Scientific memoirs by medical officers of the Army of India - Part VI,
Year: 1891
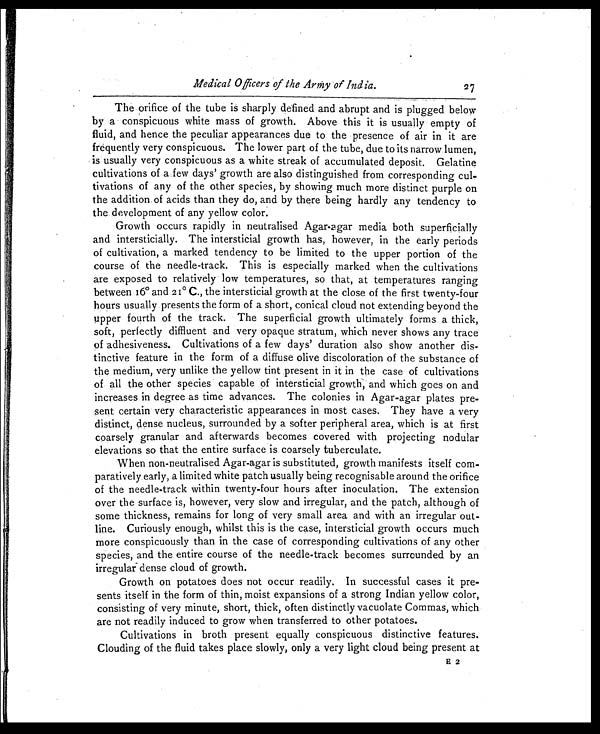
Medical Officers of the Army of India.
The orifice of the tube is sharply defined and abrupt and is plugged below
by a conspicuous white mass of growth. Above this it is usually empty of
fluid, and hence the peculiar appearances due to the presence of air in it are
frequently very conspicuous. The lower part of the tube, due to its narrow lumen,
is usually very conspicuous as a white streak of accumulated deposit. Gelatine
cultivations of a few days' growth are also distinguished from corresponding cul
- t i v a t i o n s o f a n y o f t h e o t h e r s p e c i e s , b y s h o w i n g m u c h m o r e d i s t i n c t p u r p l e o n
the addition of acids than they do, and by there being hardly any tendency to
the development of any yellow color.
Growth occurs rapidly in neutralised Agar-agar media both superficially
and intersticially. The intersticial growth has, however, in the early periods
of cultivation, a marked tendency to be limited to the upper portion of the
course of the needle-track. This is especially marked when the cultivations
are exposed to relatively low temperatures, so that, at temperatures ranging
between 16° and 21º C., the intersticial growth at the close of the first twenty-four
hours usually presents the form of a short, conical cloud not extending beyond the
upper fourth of the track. The superficial growth ultimately forms a thick,
soft, perfectly diffluent and very opaque stratum, which never shows any trace
of adhesiveness. Cultivations of a few days' duration also show another dis
- t i n c t i v e f e a t u r e i n t h e f o r m o f a d i f f u s e o l i v e d i s c o l o r a t i o n o f t h e s u b s t a n c e o f
the medium, very unlike the yellow tint present in it in the case of cultivations
of all the other species capable of intersticial growth, and which goes on and
increases in degree as time advances. The colonies in Agar-agar plates pre
- s e n t c e r t a i n v e r y c h a r a c t e r i s t i c a p p e a r a n c e s i n m o s t c a s e s . T h e y h a v e a v e r y
distinct, dense nucleus, surrounded by a softer peripheral area, which is at first
coarsely granular and afterwards becomes covered with projecting nodular
elevations so that the entire surface is coarsely tuberculate.
When non-neutralised Agar-agar is substituted, growth manifests itself com-
paratively early, a limited white patch usually being recognisable around the orifice
of the needle-track within twenty-four hours after inoculation. The extension
over the surface is, however, very slow and irregular, and the patch, although of
some thickness, remains for long of very small area and with an irregular out
- l i n e . C u r i o u s l y e n o u g h , w h i l s t t h i s i s t h e c a s e , i n t e r s t i c i a l g r o w t h o c c u r s m u c h
more conspicuously than in the case of corresponding cultivations of any other
species, and the entire course of the needle-track becomes surrounded by an
irregular dense cloud of growth.
Growth on potatoes does not occur readily. In successful cases it pre
- s e n t s i t s e l f i n t h e f o r m o f t h i n , m o i s t e x p a n s i o n s o f a s t r o n g I n d i a n y e l l o w c o l o r ,
consisting of very minute, short, thick, often distinctly vacuolate Commas, which
are not readily induced to grow when transferred to other potatoes.
Cultivations in broth present equally conspicuous distinctive features.
Clouding of the fluid takes place slowly, only a very light cloud being present at
E 2
27